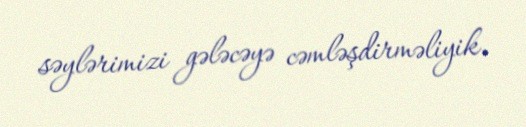
səylərimizi gələcəyə cəmləşdirməliyik.